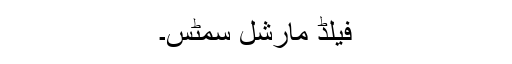
فیلڈ مارشل سمٹس۔